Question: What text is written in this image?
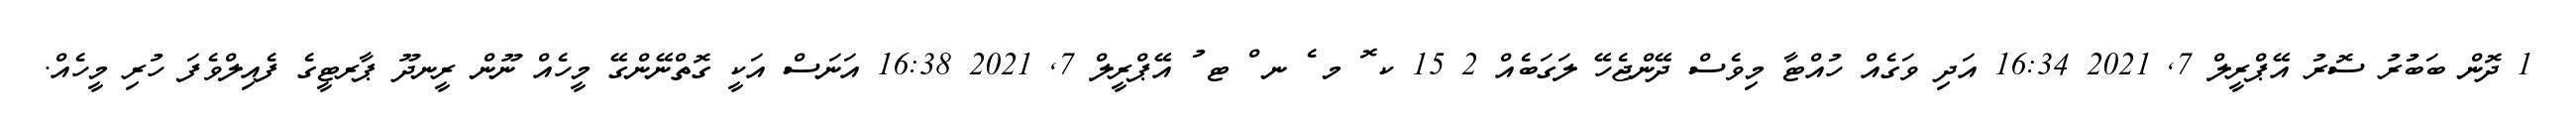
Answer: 1 ދޮން ބަބުރު ސޮރު އޭޕްރީލް 7, 2021 16:34 އަދި ވަގެއް ހުއްޓާ މިވެސް ދޭންޖެހޭ ލަގަބެއް 2 15 ކ ޮ މ ެ ނ ް ޓ ު އޭޕްރީލް 7, 2021 16:38 އަނަސް އަކީ ގޮތްނޭންގޭ މީހެއް ނޫން ރީނދޫ ޕާރޓީގެ ފެއިލްވެފަ ހުރި މީހެއް.